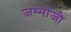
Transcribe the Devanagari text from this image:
जम्भोजी